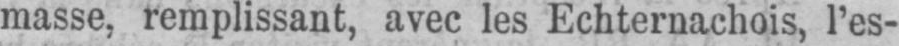
masse, remplissant, avec les Echternachois, l’es-